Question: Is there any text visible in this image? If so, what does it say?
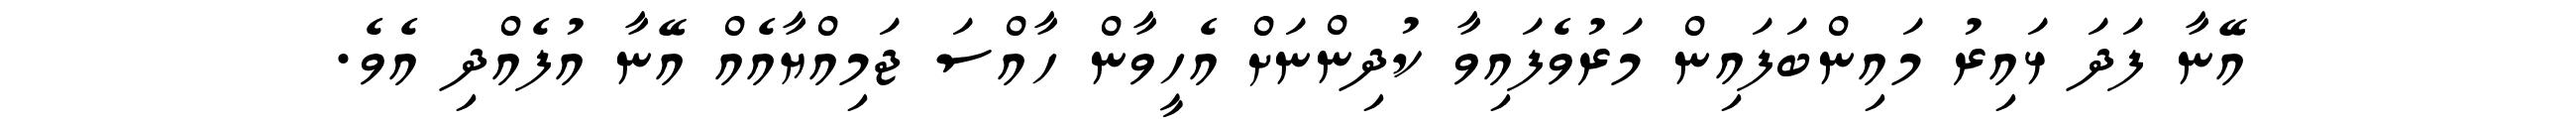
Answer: އޭނާ ފަދަ ޅައިރު މައިންބަފައިން މަރުވެފައިވާ ކުދިންނަށް އެހީވާން ހާއްސަ ޖަމިއްޔާއެއް އޭނާ އުފެއްދި އެވެ.